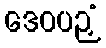
ဒေဝပဉှံ